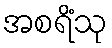
အစရိံသု